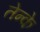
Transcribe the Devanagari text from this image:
तेन्के